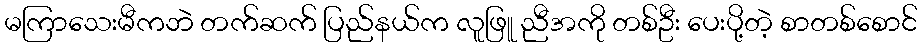
မကြာသေးမီကဘဲ တက်ဆက် ပြည်နယ်က လူဖြူ ညီအကို တစ်ဦး ပေးပို့တဲ့ စာတစ်စောင်